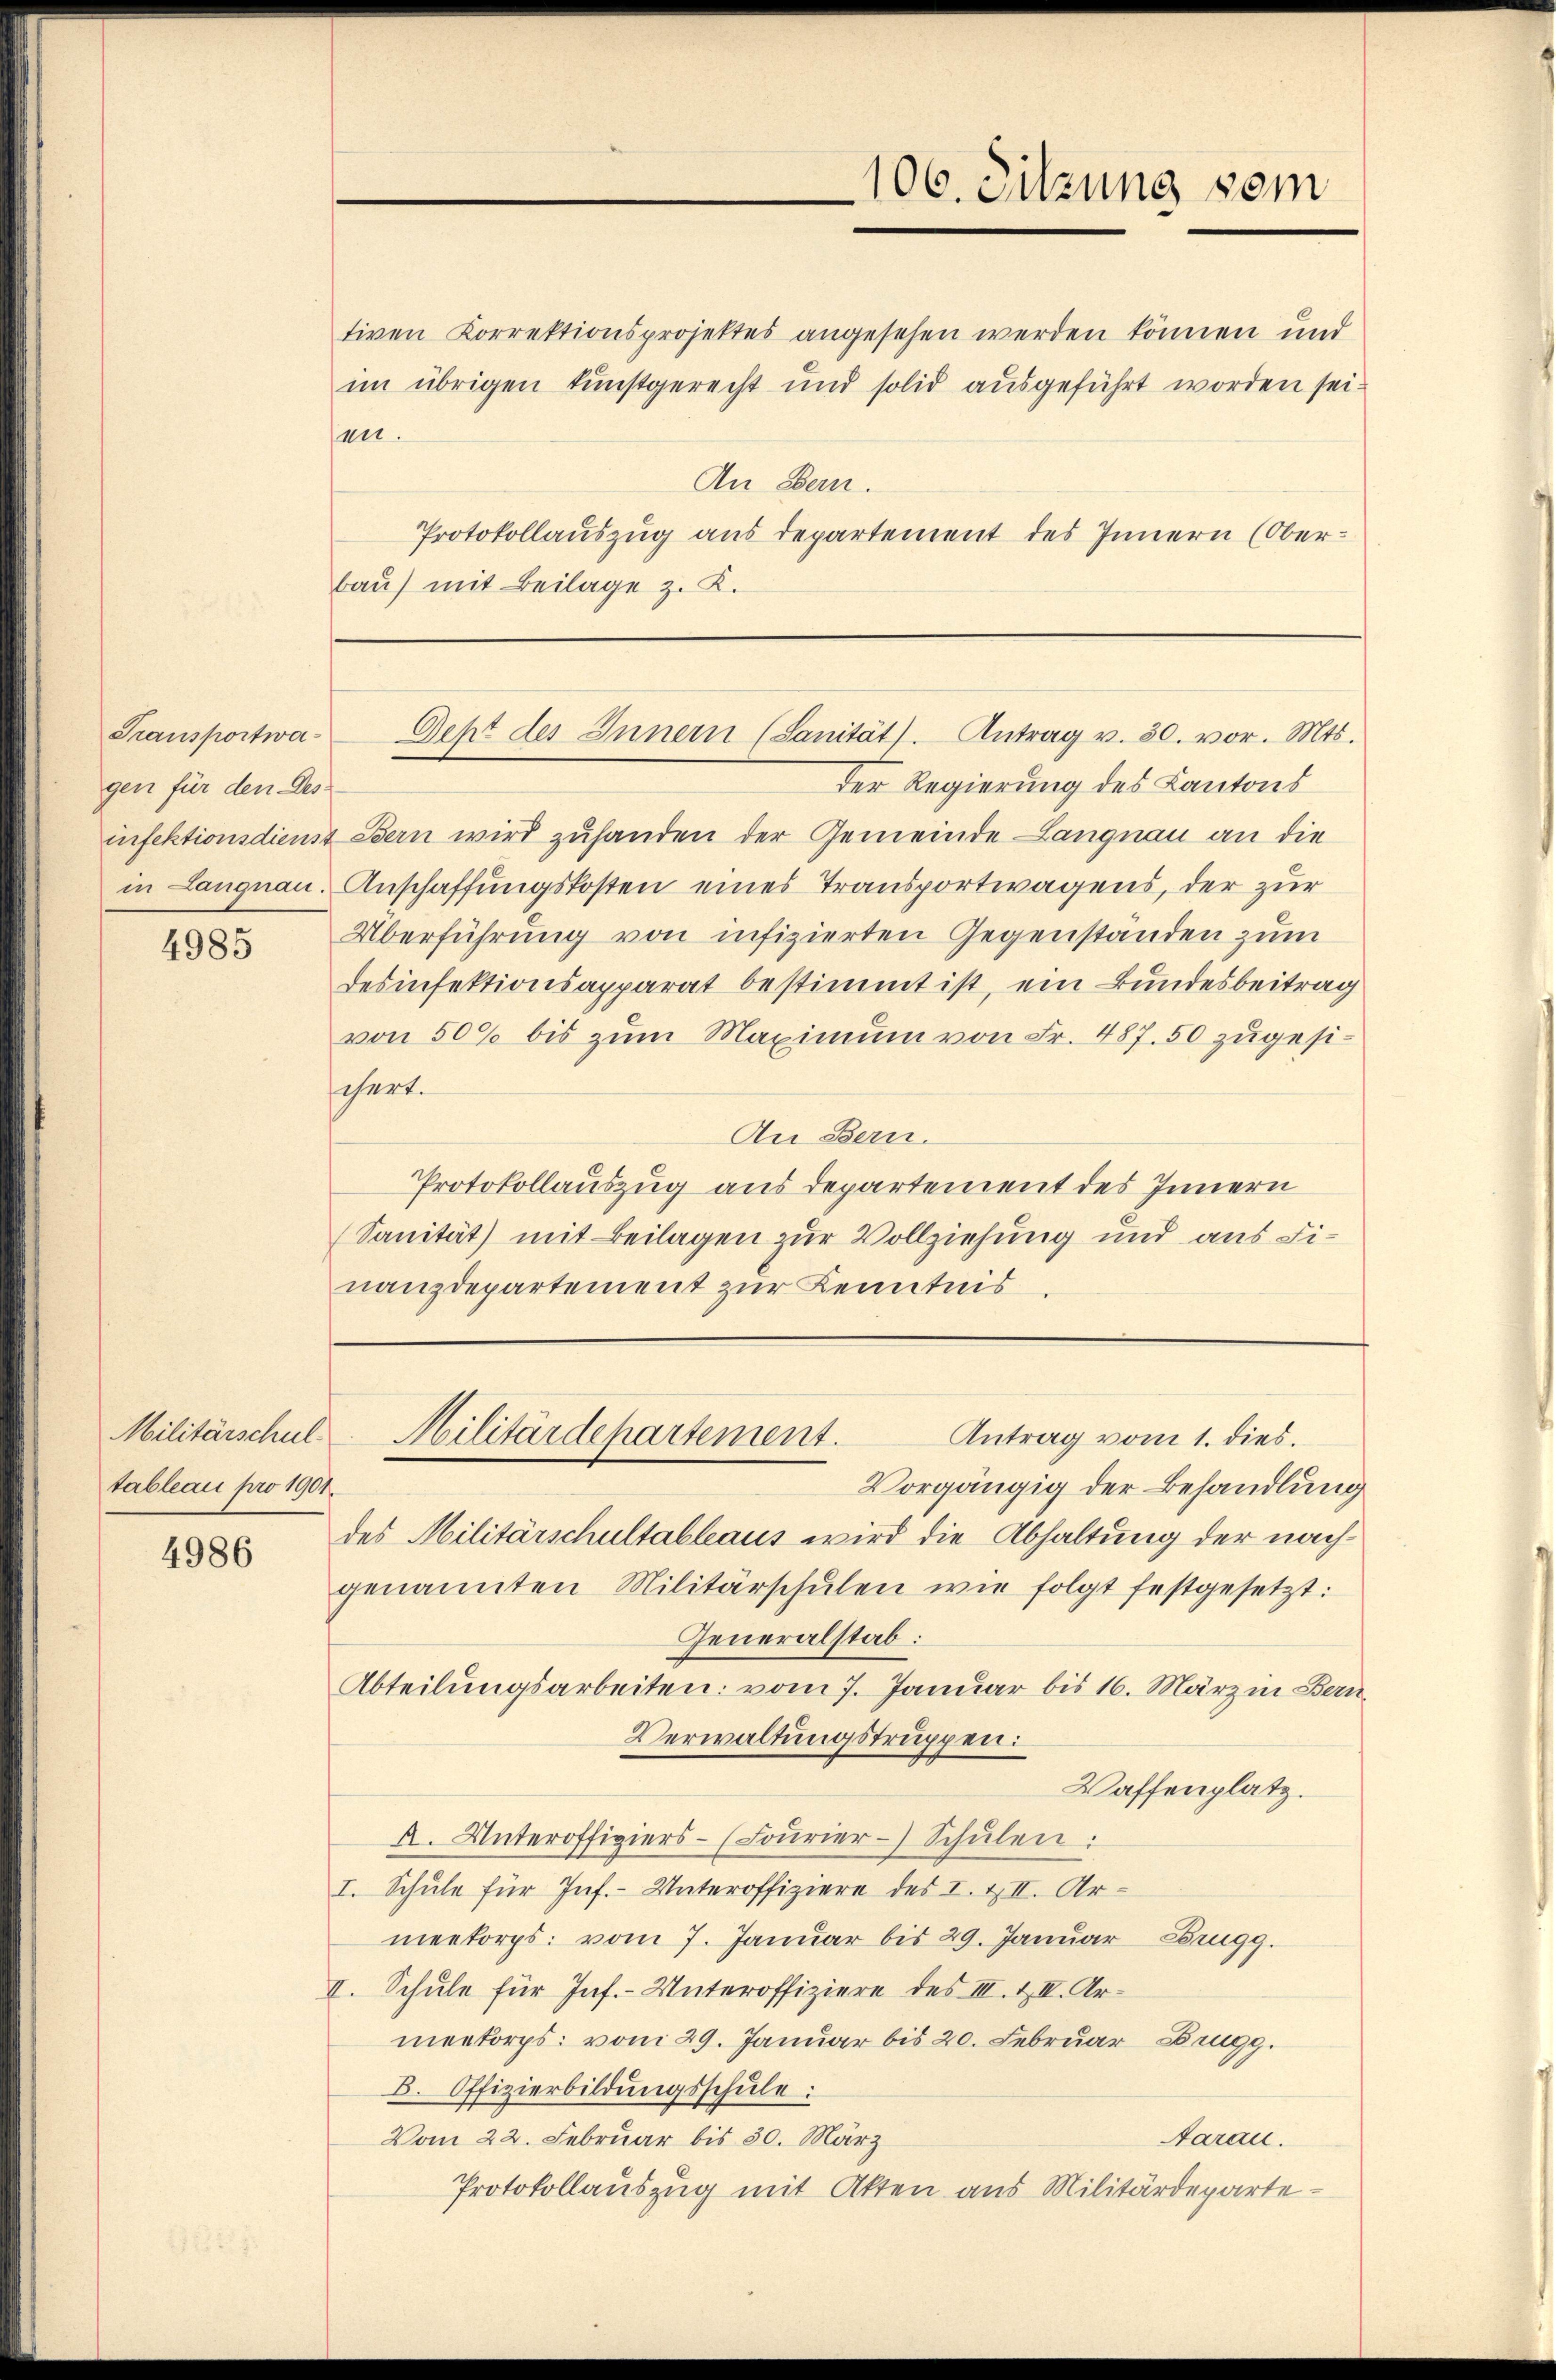
Transportwagen für den Des-

4985

Militärschul-
tableau pro 1901.

4986

en.
An Bern.
Protokollauszug aus departement des Innern (Oberbau) mit Beilage z. K.

106. Sitzung vom

tiven Korrektionsprojektes angesehen werden können und
im übrigen kunstgerecht und solid ausgeführt worden sei.

Deht des Innern (Sanität. Antrag v. 30. vor. Mts.

Der Regierung des Kantons
infektionsdienst Bern wird zuhanden der Gemeinde Langnau an die
in Langnau. Anschaffungskosten eines Transportwagens, der zur
Überführung von infizierten Gegenständen zum
desinfektionsapparat bestimmt ist, ein Bundesbeitrag
von 500 bis zum Maximum von Fr. 487. 50 zugesischert.
An Bern.
Protokollauszug aus Departement des Innern
Sanität) mit Beilagen zur Vollziehung und aus Finanzdepartement zur Kenntnis

Antrag vom 1. dies.
Militärdepartement.

Vorgängig der Behandlung
des Militärschultableaus wird die Abhaltung der nachgenannten Militärschŭlen wie folgt festgesetzt:
Generalstab:
Abteilungsarbeiten: vom 7. Januar bis 16. März in Bern,
Verwaltungstruppen:
Waffenplatz.
A. Unteroffiziers- (Loŭrier- Schŭlen:
I. Schule für Inf.- Unteroffiziere des I. & II. Ar-
meekorps: vom 7. Januar bis 29. Januar Zerugg.
II. Schule für Inf.- Unteroffiziere des III. & II. Ar-
meekorps: vom 29. Januar bis 20. Februar Brugg.
B. Offizierbildungsschule:
Vom 22. Februar bis 30. März
Aarau.
Protokollauszug mit Akten aus Militärdeparte¬